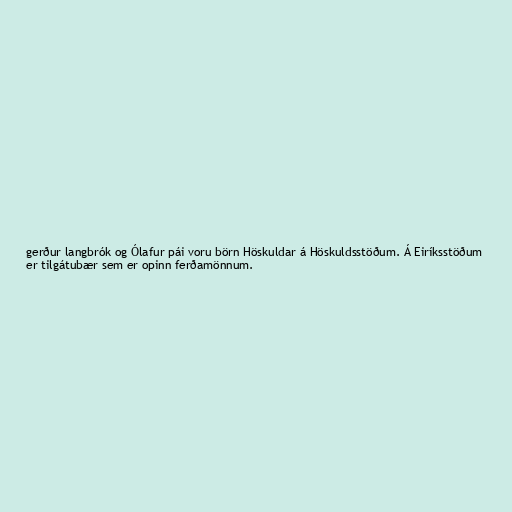
gerður langbrók og Ólafur pái voru börn Höskuldar á Höskuldsstöðum. Á Eiríksstöðum
er tilgátubær sem er opinn ferðamönnum.